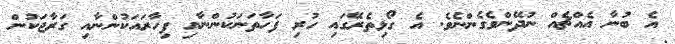
އެ ބުނާ އެއްޗެއް ނުދޭންވެގެންނެވެ. އެ ގޯޅިތެރޭގައި ހުރި ފަހާތަނަކުންނާއި ފިހާރައަކުންނާއި ގަރާޖަކުން